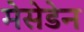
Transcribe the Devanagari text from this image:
मेसेडेन